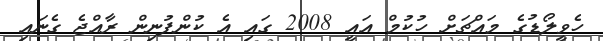
ހެވީލޯޑުގެ މައްޗަށް ހުކުމް އައީ 2008 ގައި އެ ކުންފުނިން ރާއްޖެ ގެނައި